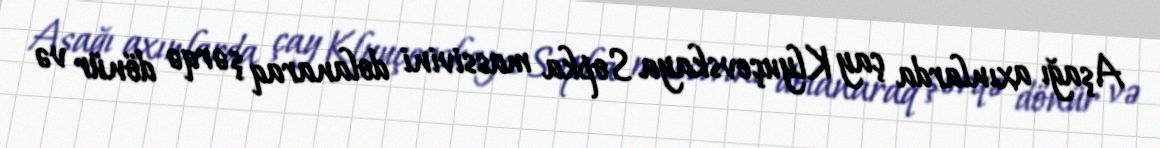
Aşağı axınlarda çay Klyuçevskaya Sopka massivini dolanaraq şərqə dönür və